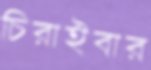
চিরাইবার